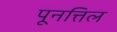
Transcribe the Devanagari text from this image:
पूनत्तिल